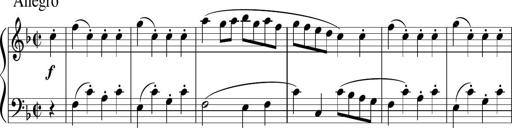
Title: 12 Keyboard Sonatinas
Composer: James Hook